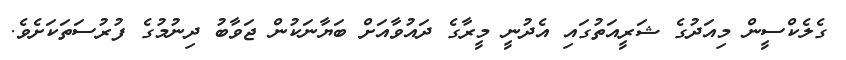
ގެލެކްސީން މިއަދުގެ ޝަރީއަތުގައި އެދުނީ މީރާގެ ދައުވާއަށް ބަޔާނަކުން ޖަވާބު ދިނުމުގެ ފުރުސަތަކަށެވެ.